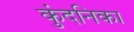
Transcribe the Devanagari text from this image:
कुंदनिका